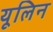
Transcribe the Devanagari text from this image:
यूलिन